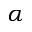
\alpha